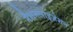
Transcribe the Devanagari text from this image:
नैशनलाइज़ेशन